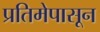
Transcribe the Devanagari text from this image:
प्रतिमेपासून